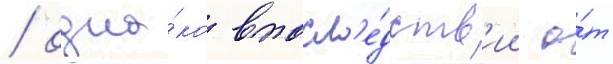
/ одна́ко впосл'е́дств'ии о́т